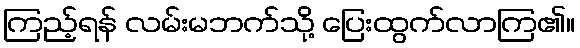
ကြည့်ရန် လမ်းမဘက်သို့ ပြေးထွက်လာကြ၏။